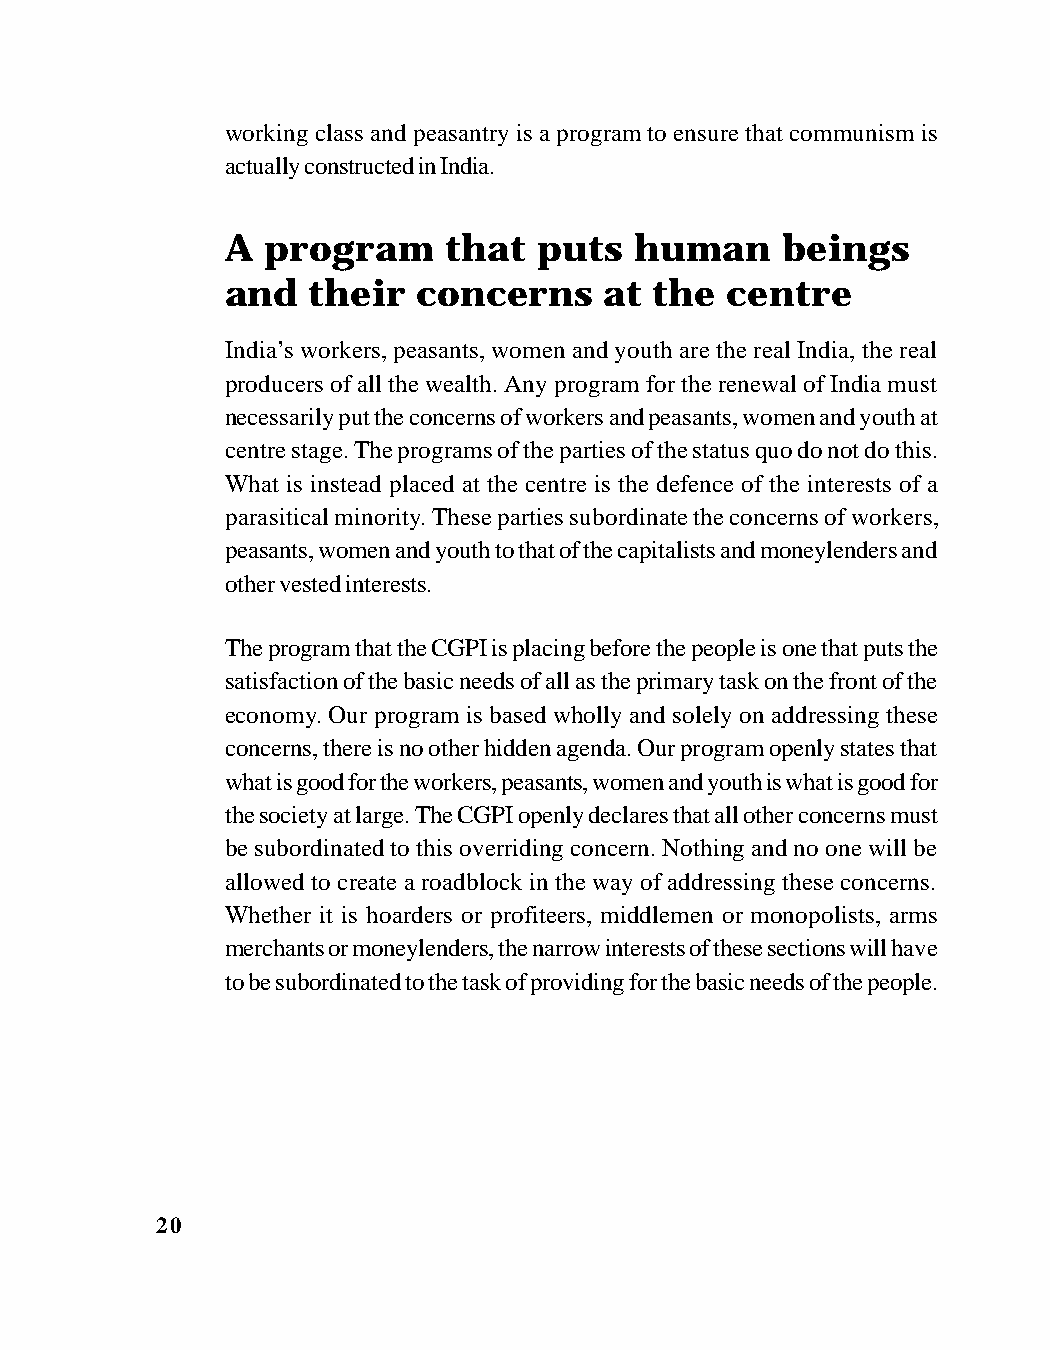
working class and peasantry is a program to ensure that communism is
 actually constructed in India.
 A  program    that   puts  human     beings
 and  their   concerns    at the  centre
 India’s workers, peasants, women and youth are the real India, the real
 producers of all the wealth. Any program for the renewal of India must
 necessarily put the concerns of workers and peasants, women and youth at
 centre stage. The programs of the parties of the status quo do not do this.
 What is instead placed at the centre is the defence of the interests of a
 parasitical minority. These parties subordinate the concerns of workers,
 peasants, women and youth to that of the capitalists and moneylenders and
 other vested interests.
 The program that the CGPI is placing before the people is one that puts the
 satisfaction of the basic needs of all as the primary task on the front of the
 economy. Our program is based wholly and solely on addressing these
 concerns, there is no other hidden agenda. Our program openly states that
 what is good for the workers, peasants, women and youth is what is good for
 the society at large. The CGPI openly declares that all other concerns must
 be subordinated to this overriding concern. Nothing and no one will be
 allowed to create a roadblock in the way of addressing these concerns.
 Whether it is hoarders or profiteers, middlemen or monopolists, arms
 merchants or moneylenders, the narrow interests of these sections will have
 to be subordinated to the task of providing for the basic needs of the people.
 20